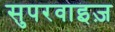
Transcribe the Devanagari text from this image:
सुपरवाइज़